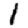
Digit: 1